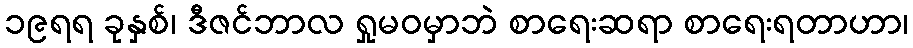
၁၉ရရ ခုနှစ်၊ ဒီဇင်ဘာလ ရှုမဝမှာဘဲ စာရေးဆရာ စာရေးရတာဟာ၊